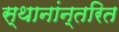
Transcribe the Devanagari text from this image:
स्थानांन्तरित